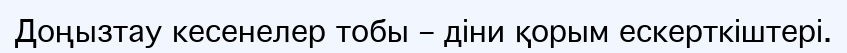
Доңызтау кесенелер тобы – діни қорым ескерткіштері.